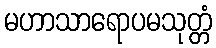
မဟာသာရောပမသုတ္တံ